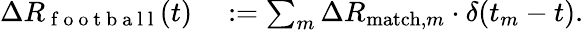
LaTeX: \begin{array}{rl}{\Delta R_{\mathrm{~f~o~o~t~b~a~l~l~}}(t)}&{{}:=\sum_{m}\Delta R_{\mathrm{match},m}\cdot\delta(t_{m}-t).}\end{array}